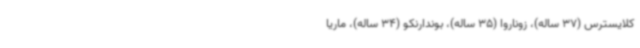
کلایسترس (37 ساله)، زوناروا (35 ساله)، بوندارنکو (34 ساله)، ماریا